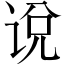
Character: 说